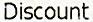
DISCOUNT